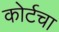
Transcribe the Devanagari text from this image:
कोर्टचा